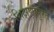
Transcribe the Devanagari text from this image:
शिक्षणापुरते